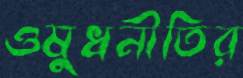
ওষুধনীতির